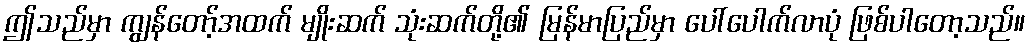
ဤသည်မှာ ကျွန်တော့်အထက် မျိုးဆက် သုံးဆက်တို့၏ မြန်မာပြည်မှာ ပေါ်ပေါက်လာပုံ ဖြစ်ပါတော့သည်။